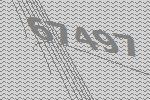
67497